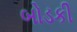
બોડકી